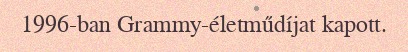
1996-ban Grammy-életműdíjat kapott.